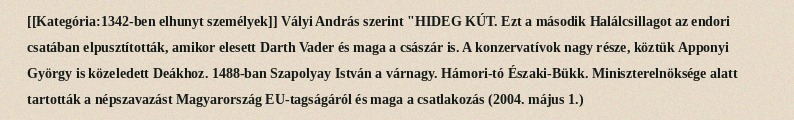
[[Kategória:1342-ben elhunyt személyek]] Vályi András szerint "HIDEG KÚT. Ezt a második Halálcsillagot az endori csatában elpusztították, amikor elesett Darth Vader és maga a császár is. A konzervatívok nagy része, köztük Apponyi György is közeledett Deákhoz. 1488-ban Szapolyay István a várnagy. Hámori-tó Északi-Bükk. Miniszterelnöksége alatt tartották a népszavazást Magyarország EU-tagságáról és maga a csatlakozás (2004. május 1.)